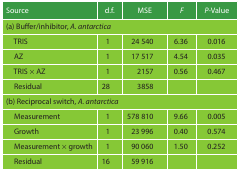
| Source | d.f. | MSE | F | P-Value |
 | --- | --- | --- | --- | --- |
 | <COLSPAN=5> (a) Buffer/inhibitor, A. antarctica |
 | TRIS | 1 | 24 540 | 6.36 | 0.016 |
 | AZ | 1 | 17 517 | 4.54 | 0.035 |
 | TRIS × AZ | 1 | 2157 | 0.56 | 0.467 |
 | Residual | 28 | 3858 |  |  |
 | <COLSPAN=5> (b) Reciprocal switch, A. antarctica |
 | Measurement | 1 | 578 810 | 9.66 | 0.005 |
 | Growth | 1 | 23 996 | 0.40 | 0.574 |
 | Measurement × growth | 1 | 90 060 | 1.50 | 0.252 |
 | Residual | 16 | 59 916 |  |  |